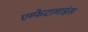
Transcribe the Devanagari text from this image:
एम्फेटामाइंस